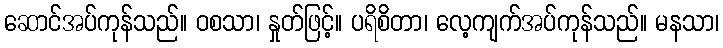
ဆောင်အပ်ကုန်သည်။ ဝစသာ၊ နှုတ်ဖြင့်။ ပရိစိတာ၊ လေ့ကျက်အပ်ကုန်သည်။ မနသာ၊